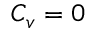
C _ { v } = 0